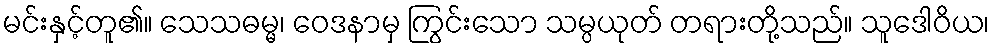
မင်းနှင့်တူ၏။ သေသဓမ္မ၊ ဝေဒနာမှ ကြွင်းသော သမ္ပယုတ် တရားတို့သည်။ သူဒေါဝိယ၊